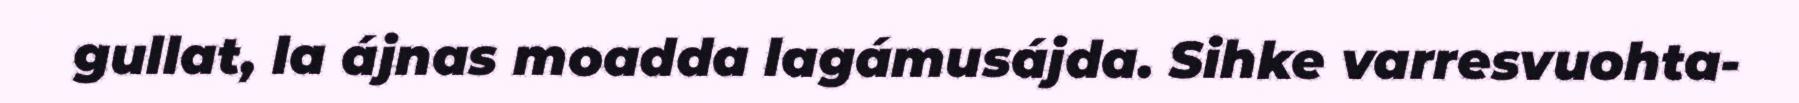
gullat, la ájnas moadda lagámusájda. Sihke varresvuohta-